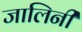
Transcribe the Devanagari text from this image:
जालिनी